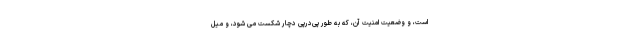
است، و وضعیت امنیّت آن، که به طور پی‌درپی دچار شکست می شود، و میل